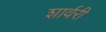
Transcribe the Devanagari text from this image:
शार्वरी